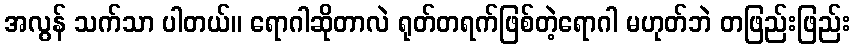
အလွန် သက်သာ ပါတယ်။ ရောဂါဆိုတာလဲ ရုတ်တရက်ဖြစ်တဲ့ရောဂါ မဟုတ်ဘဲ တဖြည်းဖြည်း